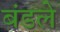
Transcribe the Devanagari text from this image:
बंडले